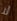
لا